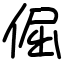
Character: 倔